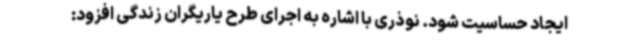
ایجاد حساسیت شود. نوذری با اشاره به اجرای طرح یاریگران زندگی افزود: